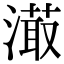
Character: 𣽇